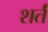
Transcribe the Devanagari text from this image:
शर्तं